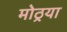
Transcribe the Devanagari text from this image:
मोठ्रया